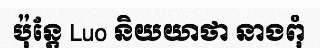
ប៉ុន្តែ Luo និយយាថា នាងពុំ